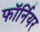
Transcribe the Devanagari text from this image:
फॉर्नियर